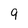
Character: 9